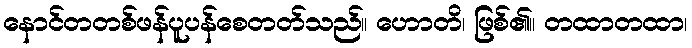
နောင်တတစ်ဖန်ပူပန်စေတတ်သည်။ ဟောတိ၊ ဖြစ်၏။ တထာတထာ၊